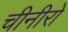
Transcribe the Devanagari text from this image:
चीनीरो